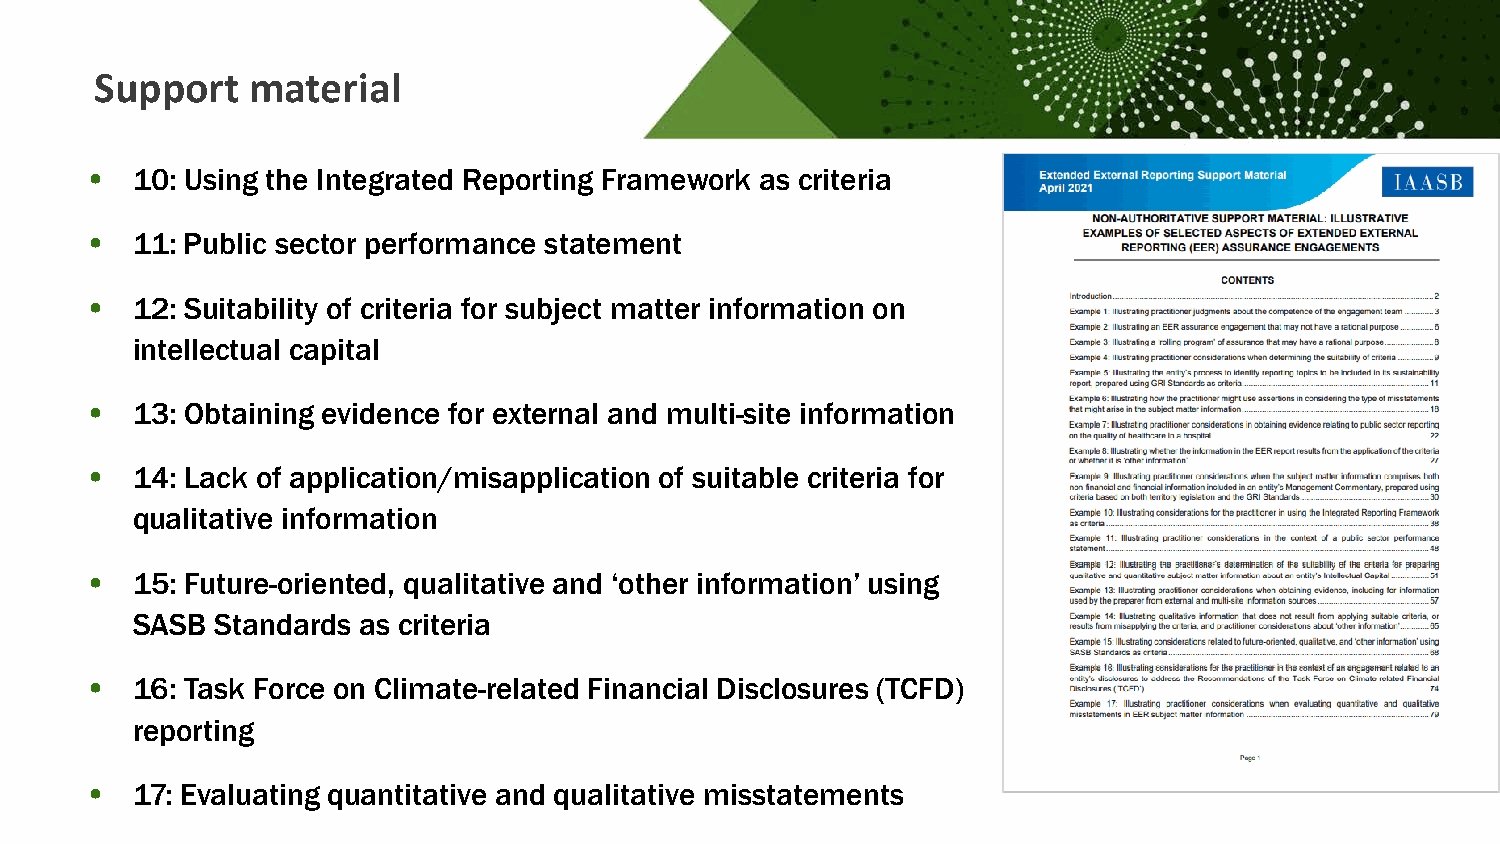
Support   material
 •  10: Using the Integrated Reporting Framework as criteria
 •  11: Public sector performance statement
 •  12: Suitability of criteria for subject matter information on
 intellectual capital
 •  13: Obtaining evidence for external and multi-site information
 •  14: Lack of application/misapplication of suitable criteria for
 qualitative information
 •  15: Future-oriented, qualitative and ‘other information’ using
 SASB Standards as criteria
 •  16: Task Force on Climate-related Financial Disclosures (TCFD)
 reporting
 •  17: Evaluating quantitative and qualitative misstatements